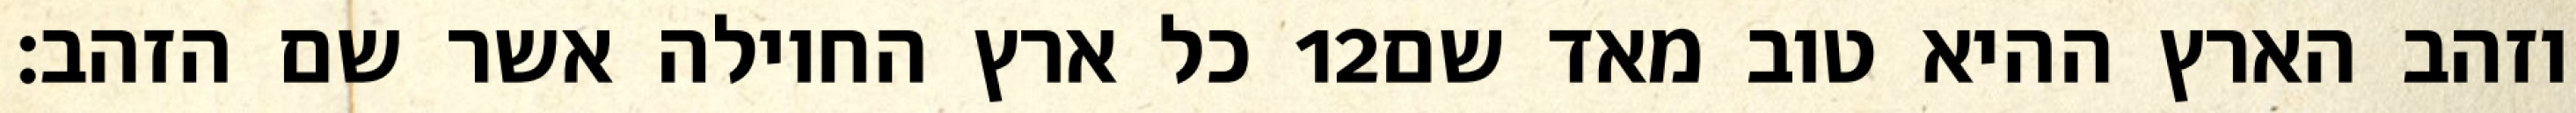
כל ארץ החוילה אשר שם הזהב׃ ‎12‏ וזהב הארץ ההיא טוב מאד שם